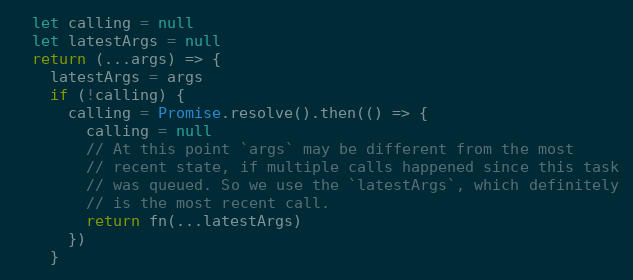
Language: JavaScript
  let calling = null
  let latestArgs = null
  return (...args) => {
    latestArgs = args
    if (!calling) {
      calling = Promise.resolve().then(() => {
        calling = null
        // At this point `args` may be different from the most
        // recent state, if multiple calls happened since this task
        // was queued. So we use the `latestArgs`, which definitely
        // is the most recent call.
        return fn(...latestArgs)
      })
    }